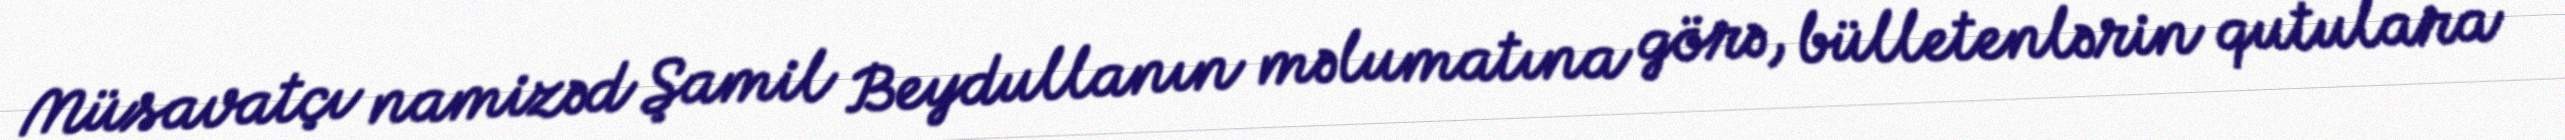
Müsavatçı namizəd Şamil Beydullanın məlumatına görə, bülletenlərin qutulara